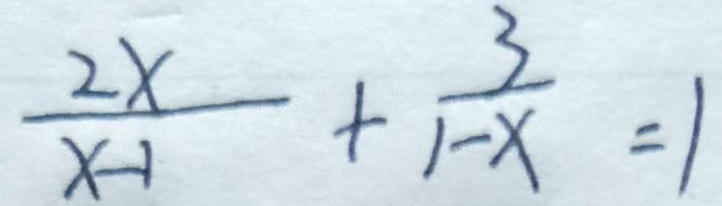
\frac { 2 x } { x - 1 } + \frac { 3 } { 1 - x } = 1